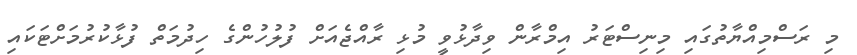
މި ރަސްމިއްޔާތުގައި މިނިސްޓަރު އިމްރާން ވިދާޅުވީ މުޅި ރާއްޖެއަށް ފުލުހުންގެ ހިދުމަތް ފުޅާކުރުމަށްޓަކައި